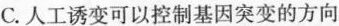
C.人工诱变可以控制基因突变的方向